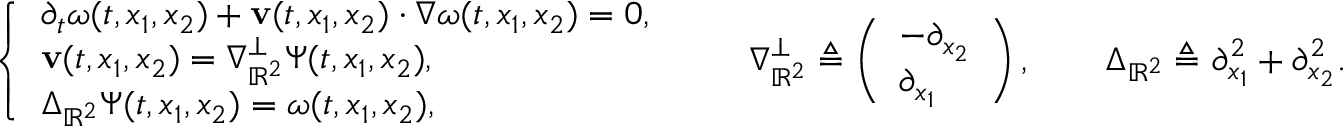
\left\{ \begin{array} { l l } { \partial _ { t } \boldsymbol { \omega } ( t , x _ { 1 } , x _ { 2 } ) + \mathbf { v } ( t , x _ { 1 } , x _ { 2 } ) \cdot \nabla \boldsymbol { \omega } ( t , x _ { 1 } , x _ { 2 } ) = 0 , } \\ { \mathbf { v } ( t , x _ { 1 } , x _ { 2 } ) = \nabla _ { \mathbb { R } ^ { 2 } } ^ { \perp } \boldsymbol { \Psi } ( t , x _ { 1 } , x _ { 2 } ) , } \\ { \Delta _ { \mathbb { R } ^ { 2 } } \boldsymbol { \Psi } ( t , x _ { 1 } , x _ { 2 } ) = \boldsymbol { \omega } ( t , x _ { 1 } , x _ { 2 } ) , } \end{array} \right. \qquad \nabla _ { \mathbb { R } ^ { 2 } } ^ { \perp } \triangleq \left( \begin{array} { l } { - \partial _ { x _ { 2 } } } \\ { \partial _ { x _ { 1 } } } \end{array} \right) , \qquad \Delta _ { \mathbb { R } ^ { 2 } } \triangleq \partial _ { x _ { 1 } } ^ { 2 } + \partial _ { x _ { 2 } } ^ { 2 } .